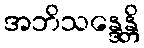
အဘိသန္ဒေန္တိ